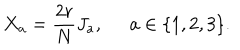
LaTeX: X _ { a } = \frac { 2 r } { N } J _ { a } , \; \; a \in \{ 1 , 2 , 3 \} .